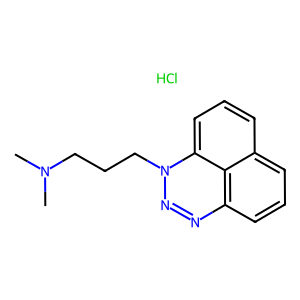
SMILES: CN(C)CCCn1nnc2cccc3cccc1c32.Cl
Inhibits HIV replication: No